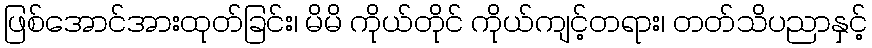
ဖြစ်အောင်အားထုတ်ခြင်း၊ မိမိ ကိုယ်တိုင် ကိုယ်ကျင့်တရား၊ တတ်သိပညာနှင့်